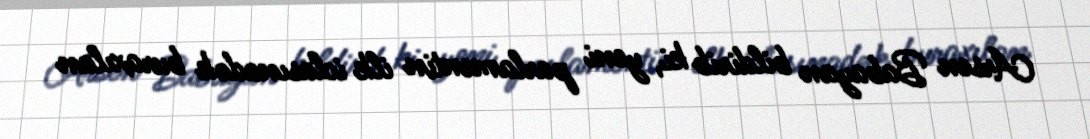
Arsen Babayan bildirib ki, yeni parlamentin ilk iclasınadək buraxılan